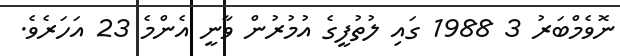
ނޮވެމްބަރު 3 1988 ގައި ލުތުފީގެ އުމުރުން ވާނީ އެންމެ 23 އަހަރެވެ.